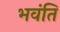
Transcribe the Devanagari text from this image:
भवंति